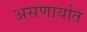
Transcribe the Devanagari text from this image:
असणार्यात